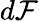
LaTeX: d\mathcal{F}